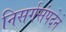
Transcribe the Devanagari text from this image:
निसर्गसंपदेने